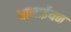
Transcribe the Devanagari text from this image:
घानाईयन